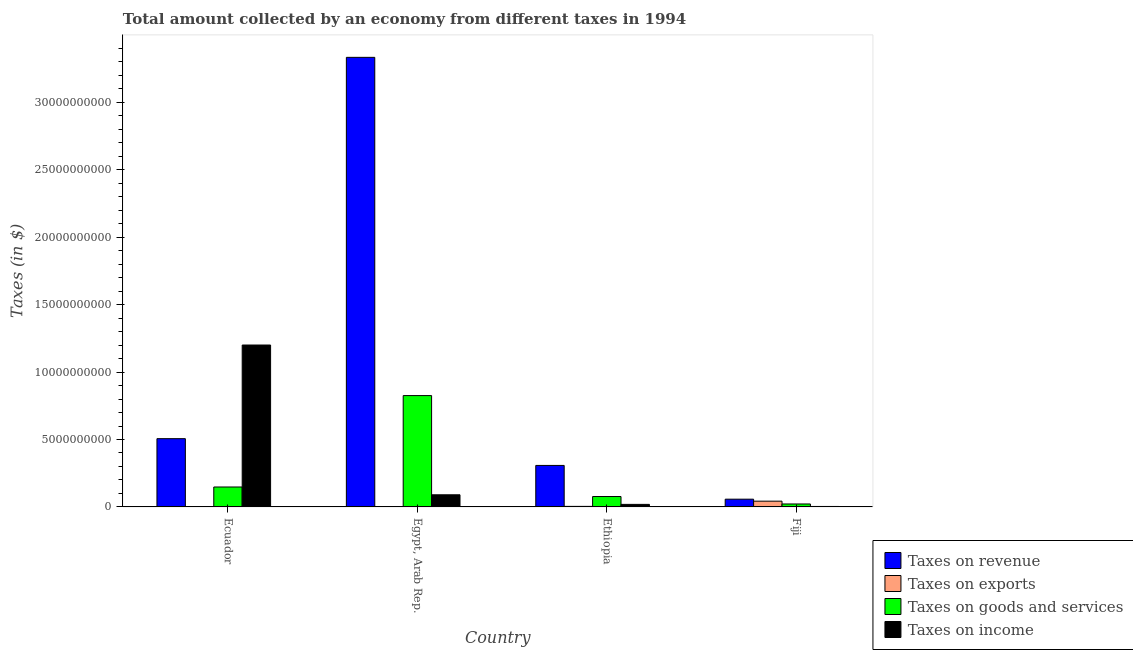
| Country | Taxes on revenue | Taxes on exports | Taxes on goods and services | Taxes on income |
 | --- | --- | --- | --- | --- |
 | Ecuador | 5.06e+09 | 4e+06 | 1.48e+09 | 1.2e+10 |
 | Egypt, Arab Rep. | 3.33e+10 | 1e+05 | 8.26e+09 | 9e+08 |
 | Ethiopia | 3.08e+09 | 4e+07 | 7.72e+08 | 1.89e+08 |
 | Fiji | 5.74e+08 | 4.27e+08 | 2.19e+08 | 3.48e+07 |